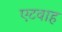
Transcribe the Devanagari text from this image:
एटवाह